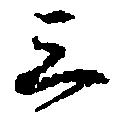
三